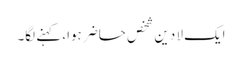
ایک لا دین شخص حاضر ہوا، کہنے لگا۔